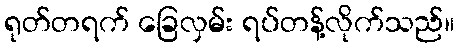
ရုတ်တရက် ခြေလှမ်း ရပ်တန့်လိုက်သည်။